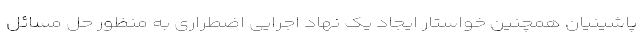
پاشینیان همچنین خواستار ایجاد یک نهاد اجرایی اضطراری به منظور حل مسائل